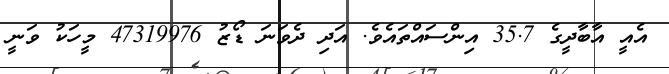
އެއީ އާބާދީގެ 35.7 އިންސައްތައެވެ. އަދި ދެވަނަ ޑޯޒު 47319976 މީހަކު ވަނީ